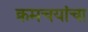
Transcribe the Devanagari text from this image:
क्रमचयांचा